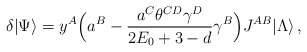
\begin{align*}\delta|\Psi\rangle=y^A\Bigl(a^B-\frac{a^C\theta^{CD}\gamma^D}{2E_0+3-d}\gamma^B\Bigr)J^{AB}|\Lambda\rangle\,,\end{align*}